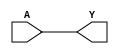
// ================================================================
// NVDLA Open Source Project
// 
// Copyright(c) 2016 - 2017 NVIDIA Corporation.  Licensed under the
// NVDLA Open Hardware License; Check "LICENSE" which comes with 
// this distribution for more information.
// ================================================================


module  NV_BLKBOX_BUFFER (
	 Y
	,A
	);


output	 Y ;
input	 A ;

assign Y = A;
endmodule